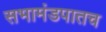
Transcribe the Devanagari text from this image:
सभामंडपातच